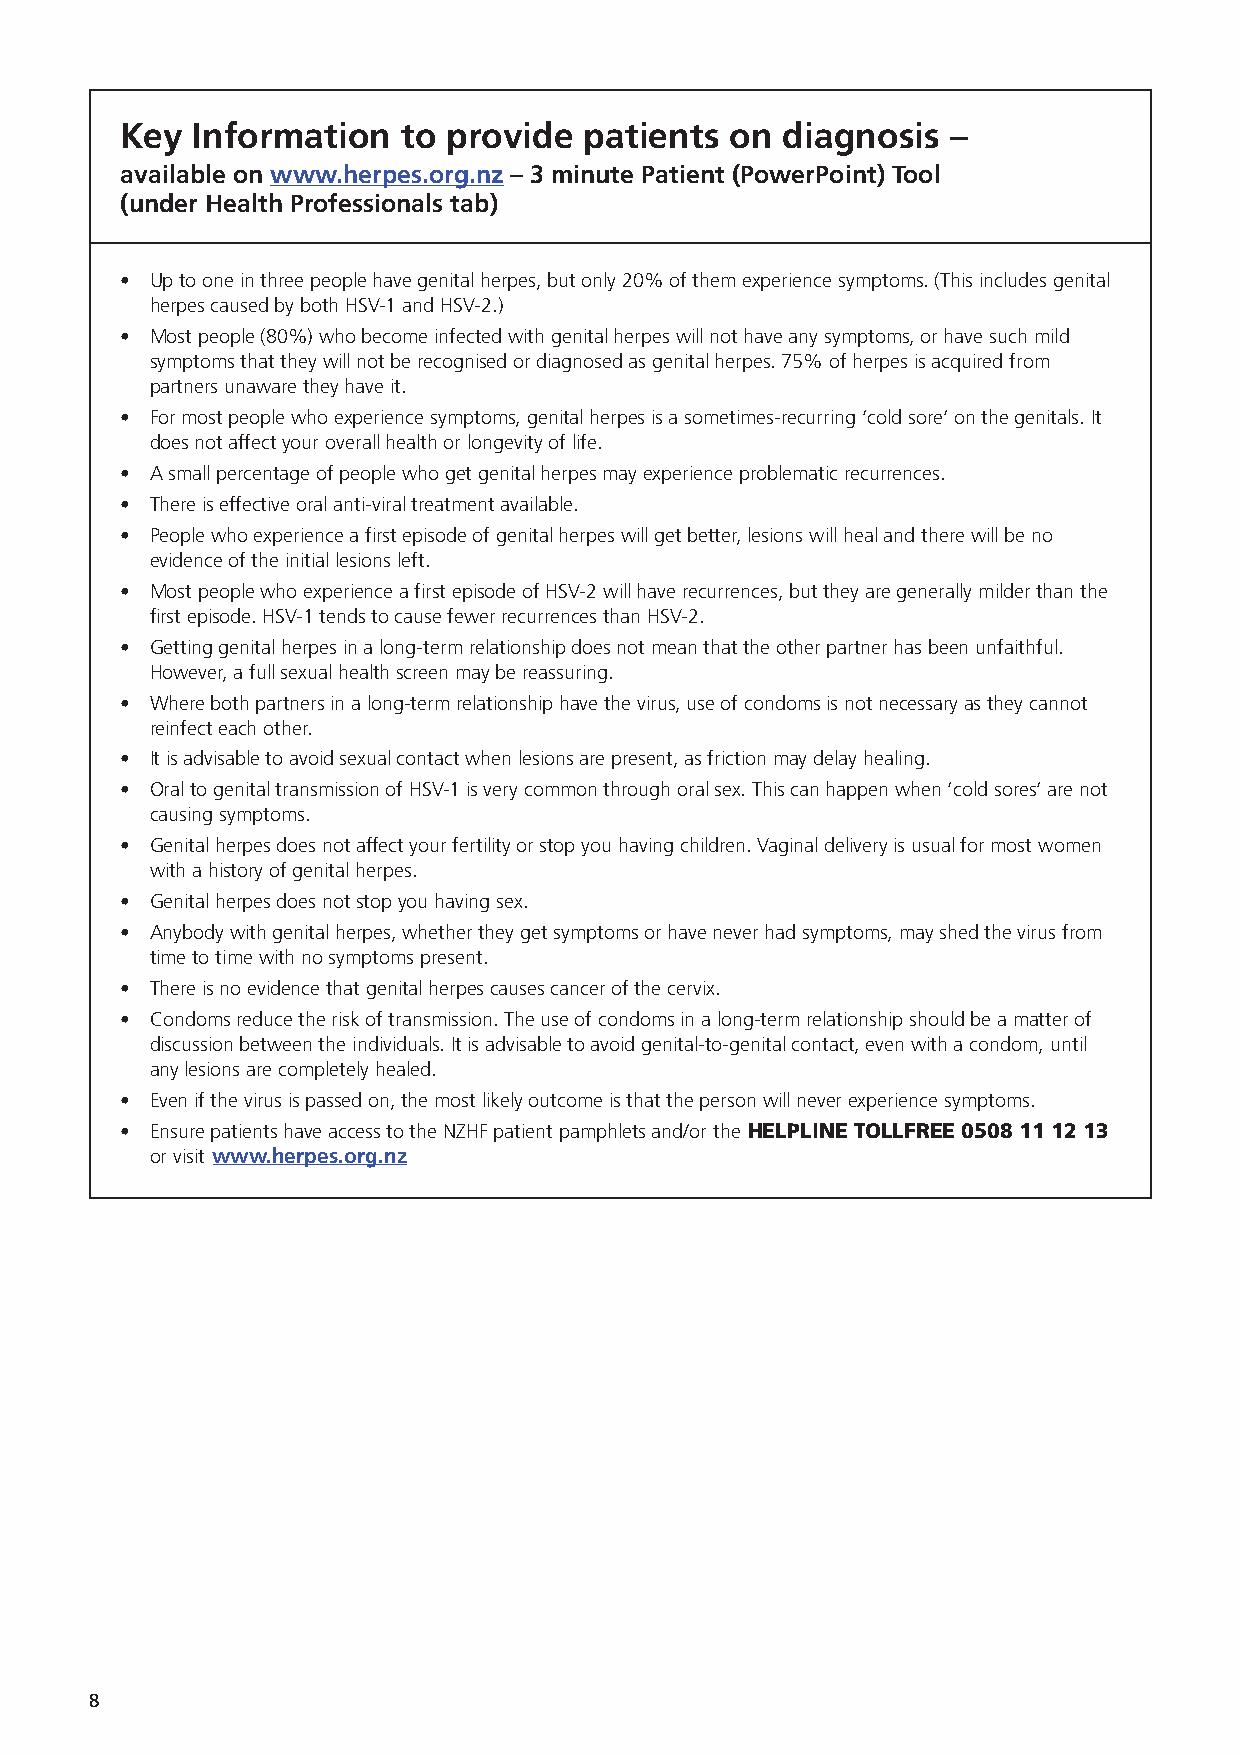
Key  Information   to provide  patients on  diagnosis  –
 available on www.herpes.org.nz – 3 minute Patient (PowerPoint) Tool
 (under Health Professionals tab)
 • Up to one in three people have genital herpes, but only 20% of them experience symptoms. (This includes genital
 herpes caused by both HSV-1 and HSV-2.)
 • Most people (80%) who become infected with genital herpes will not have any symptoms, or have such mild
 symptoms that they will not be recognised or diagnosed as genital herpes. 75% of herpes is acquired from
 partners unaware they have it.
 • For most people who experience symptoms, genital herpes is a sometimes-recurring ‘cold sore’ on the genitals. It
 does not affect your overall health or longevity of life.
 • A small percentage of people who get genital herpes may experience problematic recurrences.
 • There is effective oral anti-viral treatment available.
 • People who experience a first episode of genital herpes will get better, lesions will heal and there will be no
 evidence of the initial lesions left.
 • Most people who experience a first episode of HSV-2 will have recurrences, but they are generally milder than the
 first episode. HSV-1 tends to cause fewer recurrences than HSV-2.
 • Getting genital herpes in a long-term relationship does not mean that the other partner has been unfaithful.
 However, a full sexual health screen may be reassuring.
 • Where both partners in a long-term relationship have the virus, use of condoms is not necessary as they cannot
 reinfect each other.
 • It is advisable to avoid sexual contact when lesions are present, as friction may delay healing.
 • Oral to genital transmission of HSV-1 is very common through oral sex. This can happen when ‘cold sores’ are not
 causing symptoms.
 • Genital herpes does not affect your fertility or stop you having children. Vaginal delivery is usual for most women
 with a history of genital herpes.
 • Genital herpes does not stop you having sex.
 • Anybody with genital herpes, whether they get symptoms or have never had symptoms, may shed the virus from
 time to time with no symptoms present.
 • There is no evidence that genital herpes causes cancer of the cervix.
 • Condoms reduce the risk of transmission. The use of condoms in a long-term relationship should be a matter of
 discussion between the individuals. It is advisable to avoid genital-to-genital contact, even with a condom, until
 any lesions are completely healed.
 • Even if the virus is passed on, the most likely outcome is that the person will never experience symptoms.
 • Ensure patients have access to the NZHF patient pamphlets and/or the HELPLINE TOLLFREE 0508 11 12 13
 or visit www.herpes.org.nz
 8